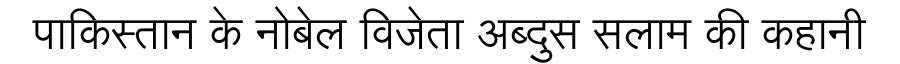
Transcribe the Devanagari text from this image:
पाकिस्तान के नोबेल विजेता अब्दुस सलाम की कहानी